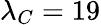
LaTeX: \lambda_{C}=19